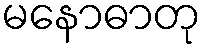
မနောဓာတု